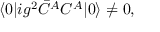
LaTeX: \langle 0 | i g ^ { 2 } \bar { C } ^ { A } C ^ { A } | 0 \rangle \not = 0 ,